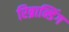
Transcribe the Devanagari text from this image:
रिब्रान्डिंग